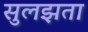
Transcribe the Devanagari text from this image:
सुलझता